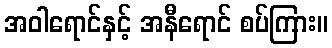
အဝါရောင်နှင့် အနီရောင် စပ်ကြား။